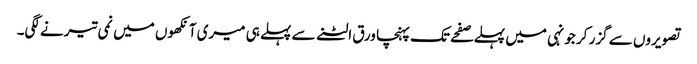
تصویروں سے گزر کر جونہی میں پہلے صفحے تک پہنچا ورق الٹنے سے پہلے ہی میری آنکھوں میں نمی تیرنے لگی۔